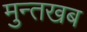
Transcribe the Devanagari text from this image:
मुन्तखब